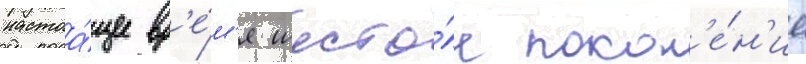
настоа́щее вр'е́м'я шесто́е покол'е́н'ие